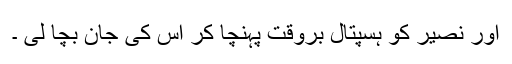
اور نصیر کو ہسپتال بروقت پہنچا کر اس کی جان بچا لی ۔